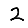
Digit: 2